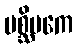
ပစ္ဆိမကေ